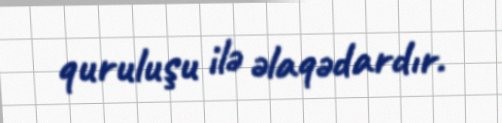
quruluşu ilə əlaqədardır.